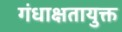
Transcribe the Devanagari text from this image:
गंधाक्षतायुक्त